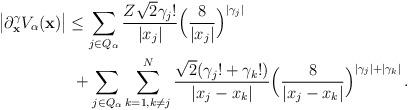
LaTeX: \begin{align*} \big|\partial_{\bf x}^{\gamma}V_{\alpha}({\bf x})\big|&\le \sum_{j\in Q_{\alpha}} \frac{Z\sqrt{2}\gamma_j!}{|x_j|}\Big(\frac{8}{|x_j|}\Big)^{|\gamma_j|} \\&\ +\sum_{j\in Q_{\alpha}} \sum_{k=1,k\neq j}^{N} \frac{\sqrt{2}(\gamma_j!+\gamma_k!)}{|x_j-x_k|} \Big(\frac{8}{|x_j-x_k|}\Big)^{|\gamma_j|+|\gamma_k|}\,.\end{align*}